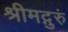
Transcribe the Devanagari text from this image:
श्रीमद्गुरुं